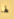
لها